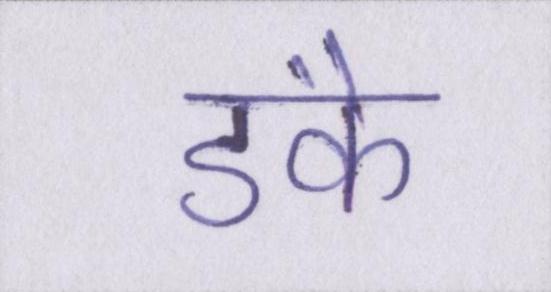
डंके